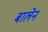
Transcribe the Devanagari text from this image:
बालेन